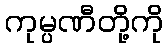
ကုမ္ပဏီတို့ကို